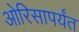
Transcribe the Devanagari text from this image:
ओरिसापर्यंत